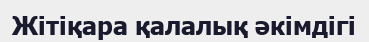
Жітіқара қалалық әкімдігі